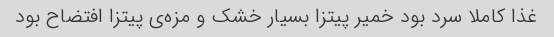
غذا کاملا سرد بود خمیر پیتزا بسیار خشک و مزه‌ی پیتزا افتضاح بود